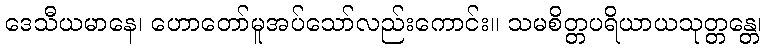
ဒေသီယမာနေ၊ ဟောတော်မူအပ်သော်လည်းကောင်း။ သမစိတ္တပရိယာယသုတ္တန္တေ၊